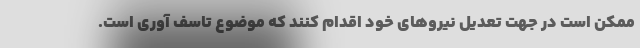
ممکن است در جهت تعدیل نیروهای خود اقدام کنند که موضوع تاسف آوری است.